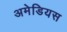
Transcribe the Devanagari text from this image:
अमेडियस